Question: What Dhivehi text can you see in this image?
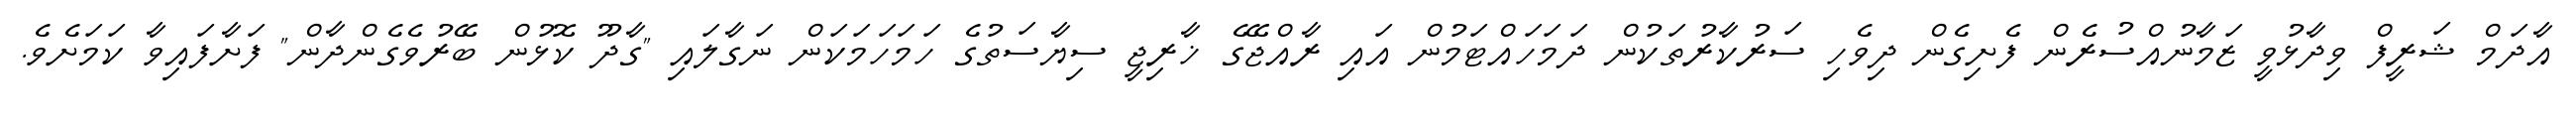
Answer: އާދަމް ޝަރީފް ވިދާޅުވީ ޒަމާނުއްސުރެން ފެށިގެން ދިވެހި ސަރުކާރުތަކުން ދަމަހައްޓަމުން އައި ރާއްޖޭގެ ޚާރިޖީ ސިޔާސަތުގެ ހަމަހަމަކަން ނަގާލައި "ގާދޫ ކޮޅުން ބޭރުވެގެންދާން" ފަށާފައިވާ ކަމަށެވެ.